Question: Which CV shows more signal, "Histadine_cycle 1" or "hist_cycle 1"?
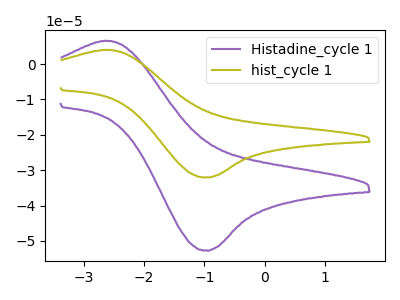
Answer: <think>The purple curve "Histadine_cycle 1" has an anodic peak at (-2.65V, 6.60uA) and a cathodic peak at (-0.95V, -52.80uA). The olive curve "hist_cycle 1" has an anodic peak at (-2.65V, 4.00uA) and a cathodic peak at (-0.95V, -32.10uA).
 All the peaks in "Histadine_cycle 1" have a peak in "hist_cycle 1" at the same potential. Every peak in "Histadine_cycle 1" is higher than every peak in "hist_cycle 1".</think>
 <answer>"Histadine_cycle 1" has more signal than "hist_cycle 1".</answer>
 <eval>more_signal</eval>